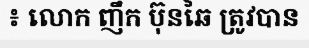
៖ លោក ញឹក ប៊ុនឆៃ ត្រូវបាន